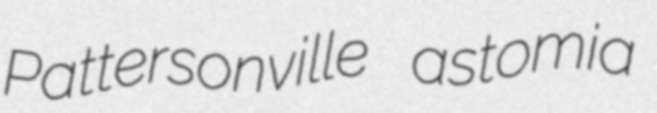
Pattersonville astomia